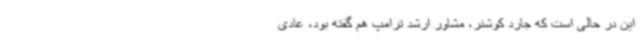
این در حالی است که جارد کوشنر، مشاور ارشد ترامپ هم گفته بود، عادی